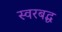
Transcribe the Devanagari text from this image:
स्‍वरबद्ध